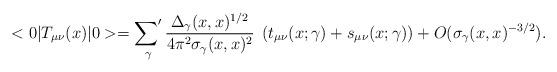
LaTeX: \begin{align*}<0|T_{\mu\nu}(x)|0> =\mathop{{\sum}'}_\gamma {\Delta_\gamma(x,x)^{1/2}\over4\pi^2\sigma_\gamma(x,x)^2} \; \left( t_{\mu\nu}(x;\gamma) + s_{\mu\nu}(x;\gamma) \right) + O(\sigma_\gamma(x,x)^{-3/2}).\end{align*}